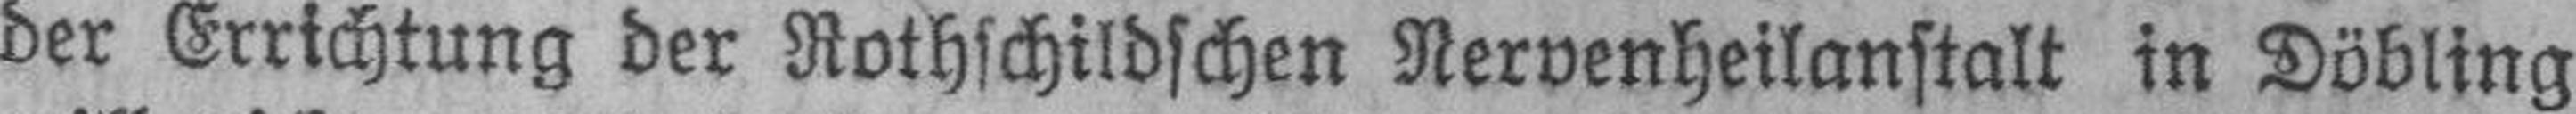
der Errichtung der Rothschildschen Nervenheilanstalt in Döbling